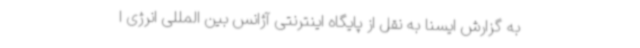
به گزارش ایسنا به نقل از پایگاه اینترنتی آژانس بین المللی انرژی ا